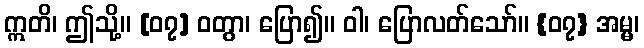
ဣတိ၊ ဤသို့။ [၀၇] ဝတွာ၊ ပြော၍။ ဝါ၊ ပြောလတ်သော်။ {၀၇} အမ္မ၊